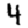
Digit: 4